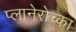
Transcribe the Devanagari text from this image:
प्लानेरोच्का